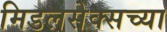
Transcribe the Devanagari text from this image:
मिडलसेक्सच्या